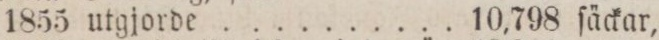
1855 utgjorde .......... 10,798 ſäckar,